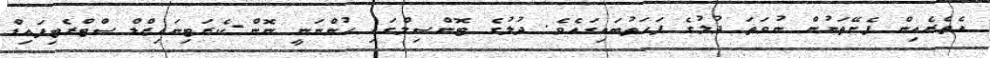
އެތެރެއިން ފެށޭތަނުން ނުވަތަ ދުލުގެ ފަހަތުބައިގައެވެ. ދުލުގެ ޓޮންސިލްގައި ހުންނަނީ ނޮން-ކެރަޓިނައިޒްޑް ސްޓްރެޓިފައިޑް